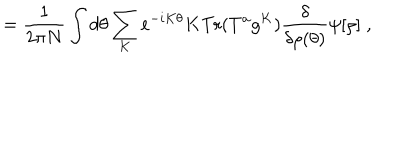
LaTeX: = \frac { 1 } { 2 \pi N } \int d \theta \sum _ { K } e ^ { - i K \theta } K \mathrm { T r } ( T ^ { a } g ^ { K } ) \frac { \delta } { \delta \rho ( \theta ) } \psi [ \rho ] \; ,